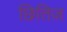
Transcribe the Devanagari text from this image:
छितिज़